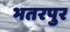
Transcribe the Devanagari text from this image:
भतरपुर